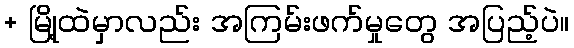
+ မြို့ထဲမှာလည်း အကြမ်းဖက်မှုတွေ အပြည့်ပဲ။